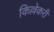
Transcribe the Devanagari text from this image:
किल्लेकरी